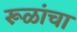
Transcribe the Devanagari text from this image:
रूळांचा